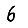
Digit: 6